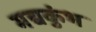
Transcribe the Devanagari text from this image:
मद्यकुंभ